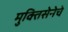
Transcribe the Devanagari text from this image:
मुक्तिसेनेचे